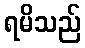
ရမိသည်